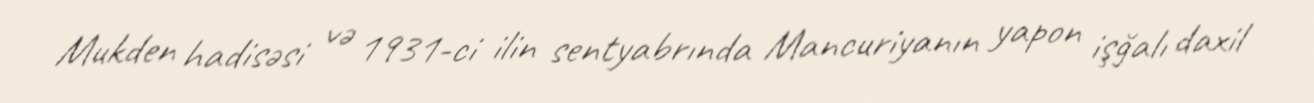
Mukden hadisəsi və 1931-ci ilin sentyabrında Mancuriyanın yapon işğalı daxil